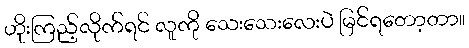
ဟိုးကြည့်လိုက်ရင် လူကို သေးသေးလေးပဲ မြင်ရတော့တာ။